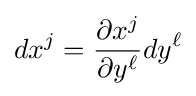
dx^{j}={\frac {\partial x^{j}}{\partial y^{\ell }}}dy^{\ell }